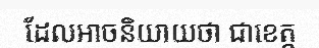
ដែលអាចនិយាយថា ជាខេត្ត